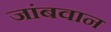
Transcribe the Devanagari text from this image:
जांबवान